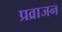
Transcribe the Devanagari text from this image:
प्रव्राजन